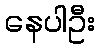
နေပါဦး